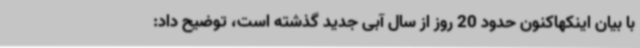
با بیان اینکهاکنون حدود 20 روز از سال آبی جدید گذشته است، توضیح داد: